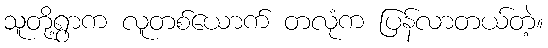
သူတို့ရွာက လူတစ်ယောက် တလုံက ပြန်လာတယ်တဲ့။